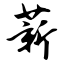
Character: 薪